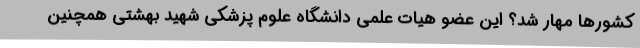
کشورها مهار شد؟ این عضو هیات علمی دانشگاه علوم پزشکی شهید بهشتی همچنین